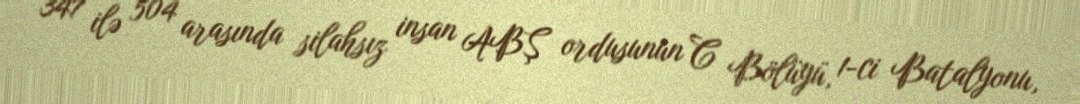
347 ilə 504 arasında silahsız insan ABŞ ordusunun C Bölüyü, 1-ci Batalyonu,